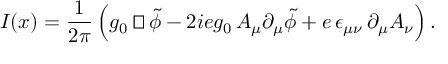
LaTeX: I ( x ) = \frac { 1 } { 2 \pi } \, \Bigl ( g _ { 0 } \, { \sqcap \! \! \! \! \sqcup } \, \tilde { \phi } - 2 i e g _ { 0 } \, A _ { \mu } \partial _ { \mu } \tilde { \phi } + e \, \epsilon _ { \mu \nu } \, \partial _ { \mu } A _ { \nu } \Bigr ) \, .